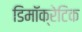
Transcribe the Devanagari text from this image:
डिमॉक्रेटिक